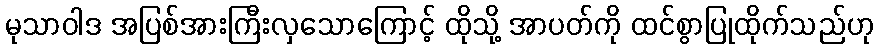
မုသာဝါဒ အပြစ်အားကြီးလှသောကြောင့် ထိုသို့ အာပတ်ကို ထင်စွာပြုထိုက်သည်ဟု